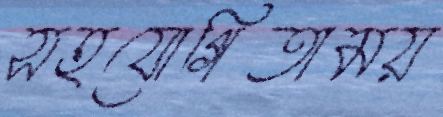
সহযোগিতাময়